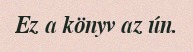
Ez a könyv az ún.